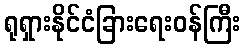
ရုရှားနိုင်ငံခြားရေးဝန်ကြီး